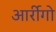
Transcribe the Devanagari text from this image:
आर्रीगो